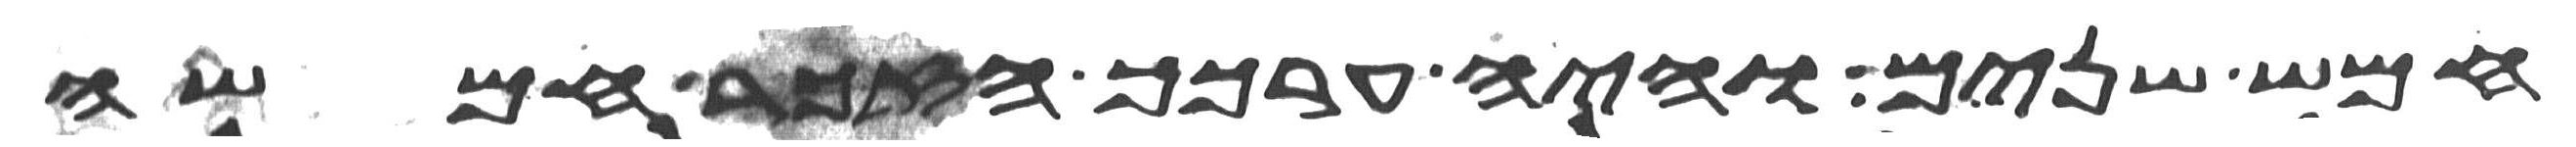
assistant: חמש שנים והיה ערכך הזכר חמשה